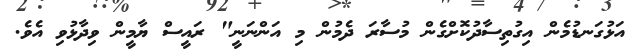
އަޅުގަނޑުމެން އިގުތިސާދުކޮށްގެން މުސާރަ ދެމުން މި އަންނަނީ" ރައީސް ޔާމީން ވިދާޅުވި އެވެ.